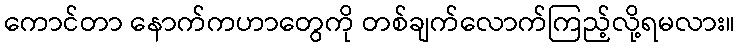
ကောင်တာ နောက်ကဟာတွေကို တစ်ချက်လောက်ကြည့်လို့ရမလား။